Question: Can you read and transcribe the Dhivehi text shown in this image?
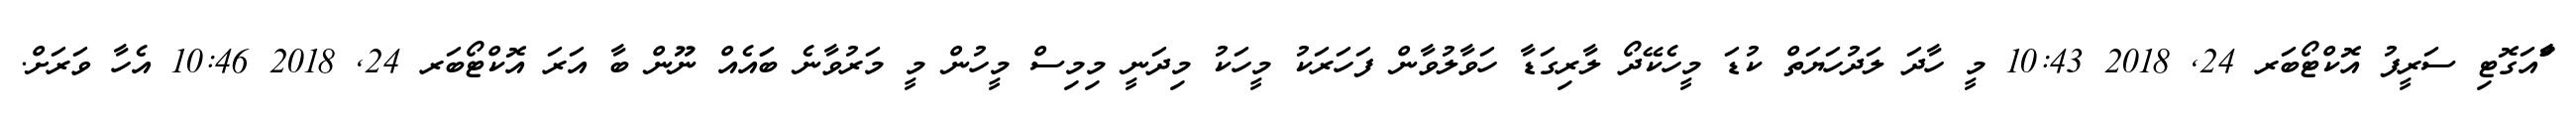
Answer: ާަަާްއަގޮޓި ސަރީފު އޮކްޓޯބަރ 24, 2018 10:43 މީ ހާދަ ލަދުހަޔަތް ކުޑަ މީހެކޭދޯ ލާރިގަޑާ ހަވާލުވާން ފަހަރަކު މީހަކު މިދަނީ މިމިސް މީހުން މީ މަރުވާނެ ބަައެއް ނޫން ބާ އަރަ އޮކްޓޯބަރ 24, 2018 10:46 އެހާ ވަރަށް.